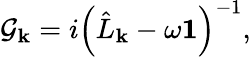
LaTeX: \mathcal{G}_{\mathbf{k}}=i\left(\hat{L}_{\mathbf{k}}-\omega\mathbf{1}\right)^{-1},